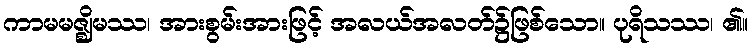
ကာမမဇ္ဈိမဿ၊ အားစွမ်းအားဖြင့် အလယ်အလတ်၌ဖြစ်သော။ ပုရိသဿ၊ ၏။